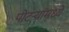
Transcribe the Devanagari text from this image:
पोटर्‍यांमध्ये